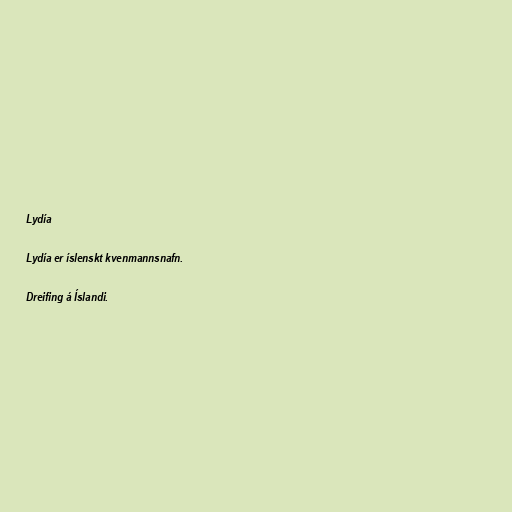
Lydía

Lydía er íslenskt kvenmannsnafn.

Dreifing á Íslandi.